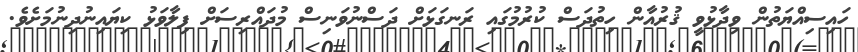
ހައިސިއްޔަތުން ވިދާޅުވީ ޤުރުއާން ހިތުދަސް ކުރުމުގައި ރަނގަޅަށް ދަސްނުވަނިސް މުދައްރިސަށް ފިލާވަޅު ކިޔައިނުދިނުމަށެވެ.